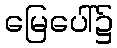
မြေပေါ်၌